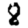
Digit: 8